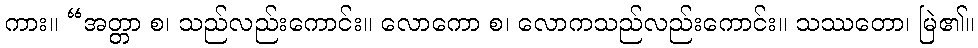
ကား။ “အတ္တာ စ၊ သည်လည်းကောင်း။ လောကော စ၊ လောကသည်လည်းကောင်း။ သဿတော၊ မြဲ၏။